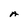
Character: A